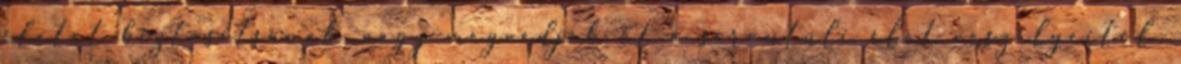
életet biztosítsanak, vagy megvédjék őt a sírontúli élet veszélyeitől.